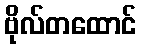
ဗိုလ်တထောင်